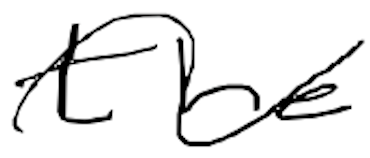
Text: the
Cross-out: wave
Writing tool: digital_black